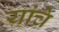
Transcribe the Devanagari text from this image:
यांचेेेे